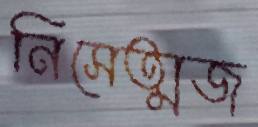
নিসেত্মজ